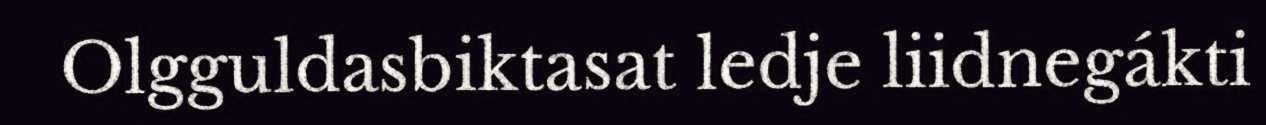
Olgguldasbiktasat ledje liidnegákti